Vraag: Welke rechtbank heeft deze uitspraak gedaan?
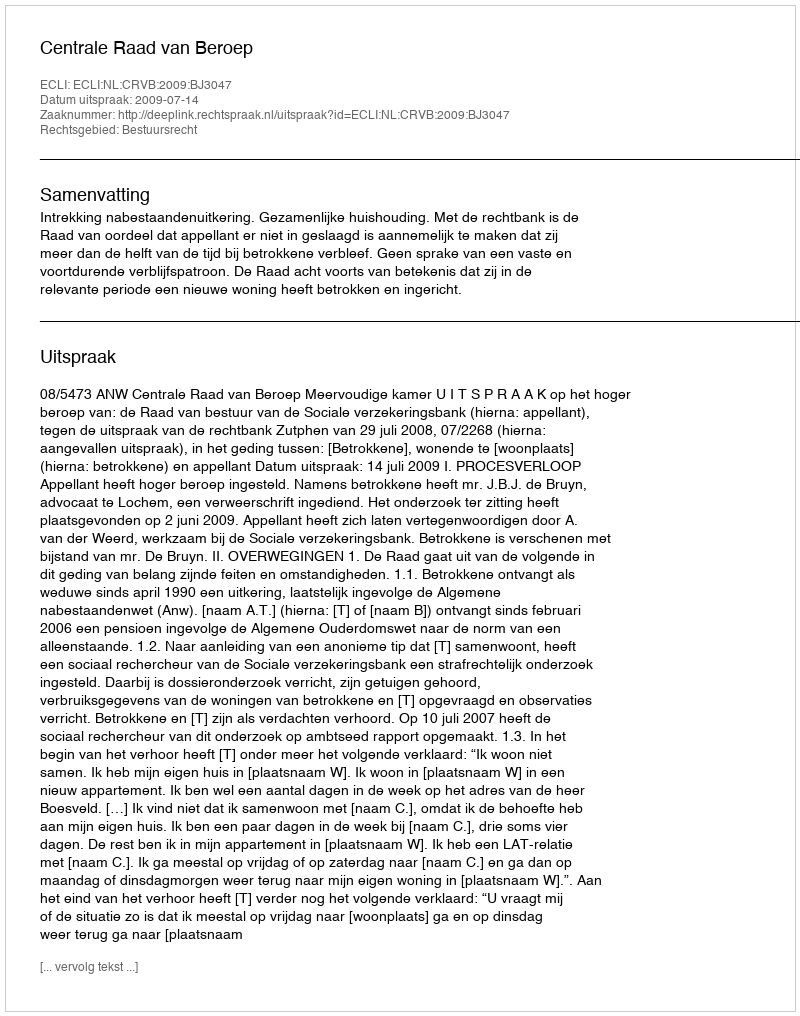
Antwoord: Centrale Raad van Beroep